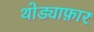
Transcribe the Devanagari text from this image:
थोड्याफ़ार